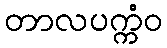
တာလပက္ကံဝ